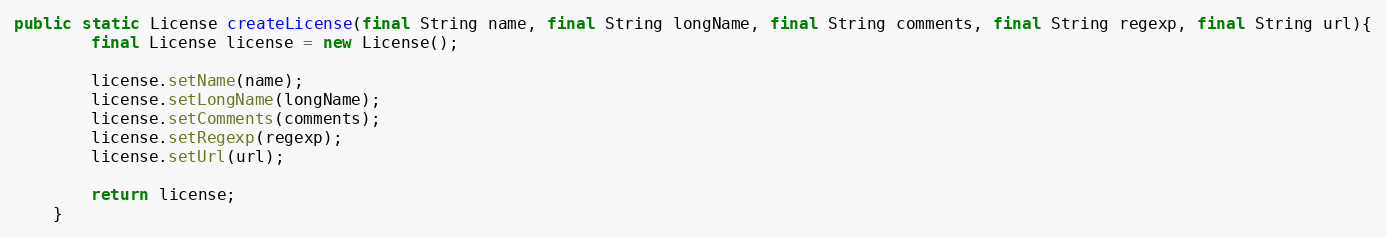
Language: Java
public static License createLicense(final String name, final String longName, final String comments, final String regexp, final String url){
		final License license = new License();

		license.setName(name);
		license.setLongName(longName);
		license.setComments(comments);
		license.setRegexp(regexp);
		license.setUrl(url);

		return license;
	}